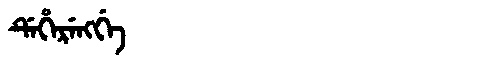
Manchu: ᡩᡝᡥᡝᡵᡝᠩᡤᡝ
Romanization: DEHERENGGE